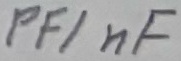
Text: PF/nF